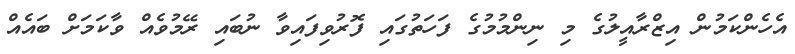
އެހެންކަމުން އިޒްރާއީލުގެ މި ނިންމުމުގެ ފަހަތުގައި ފޮރުވިފައިވާ ނުބައި ރޭމުވެއް ވާކަމަށް ބައެއް